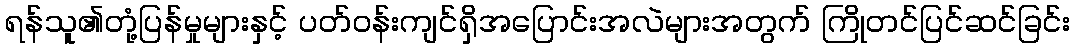
ရန်သူ၏တုံ့ပြန်မှုများနှင့် ပတ်ဝန်းကျင်ရှိအပြောင်းအလဲများအတွက် ကြိုတင်ပြင်ဆင်ခြင်း